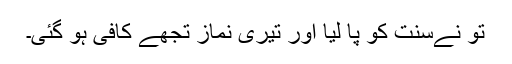
تو نےسنت کو پا لیا اور تیری نماز تجھے کافی ہو گئی۔